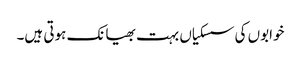
خوابوں کی سسکیاں بہت بھیانک ہوتی ہیں۔